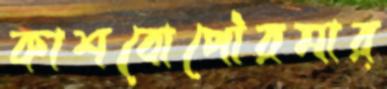
কাশবোপৌরমার্